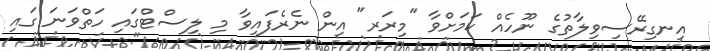
އިނގިރޭސިވިލާތުގެ ނޫހެއް ކަމަށްވާ "މިރަރ" އިން ނެރެފައިވާ މި ލިސްޓްގައި ހަތްވަނަ ގައި